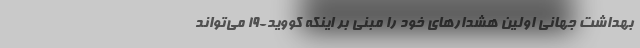
بهداشت جهانی اولین هشدارهای خود را مبنی بر اینکه کووید-۱۹ می‌تواند